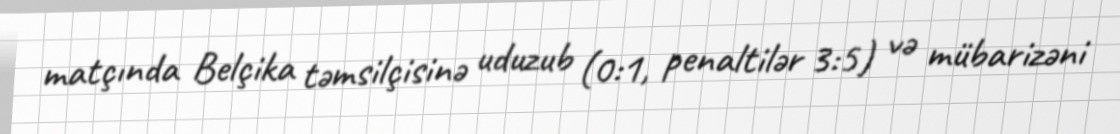
matçında Belçika təmsilçisinə uduzub (0:1, penaltilər 3:5) və mübarizəni